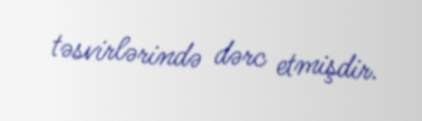
təsvirlərində dərc etmişdir.